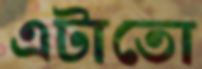
এটাতো